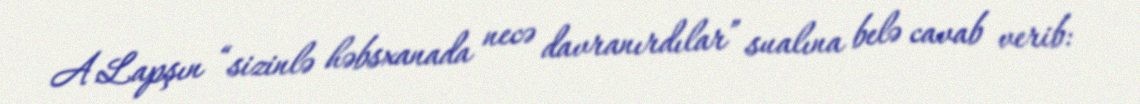
A.Lapşın “sizinlə həbsxanada necə davranırdılar” sualına belə cavab verib: